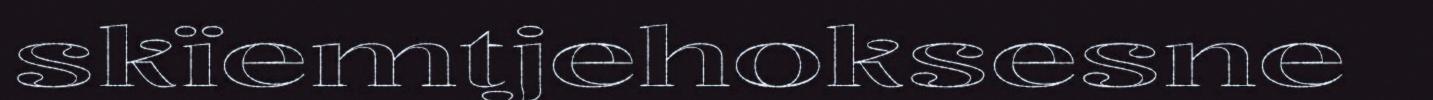
skïemtjehoksesne